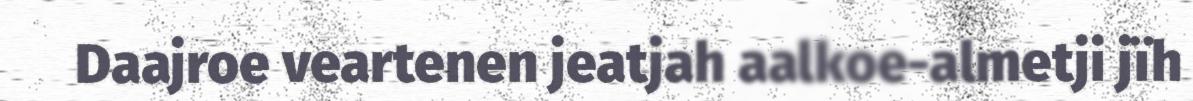
Daajroe veartenen jeatjah aalkoe-almetji jïh